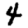
Digit: 4